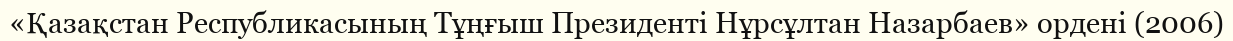
«Қазақстан Республикасының Тұңғыш Президенті Нұрсұлтан Назарбаев» ордені (2006)